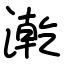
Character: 漧